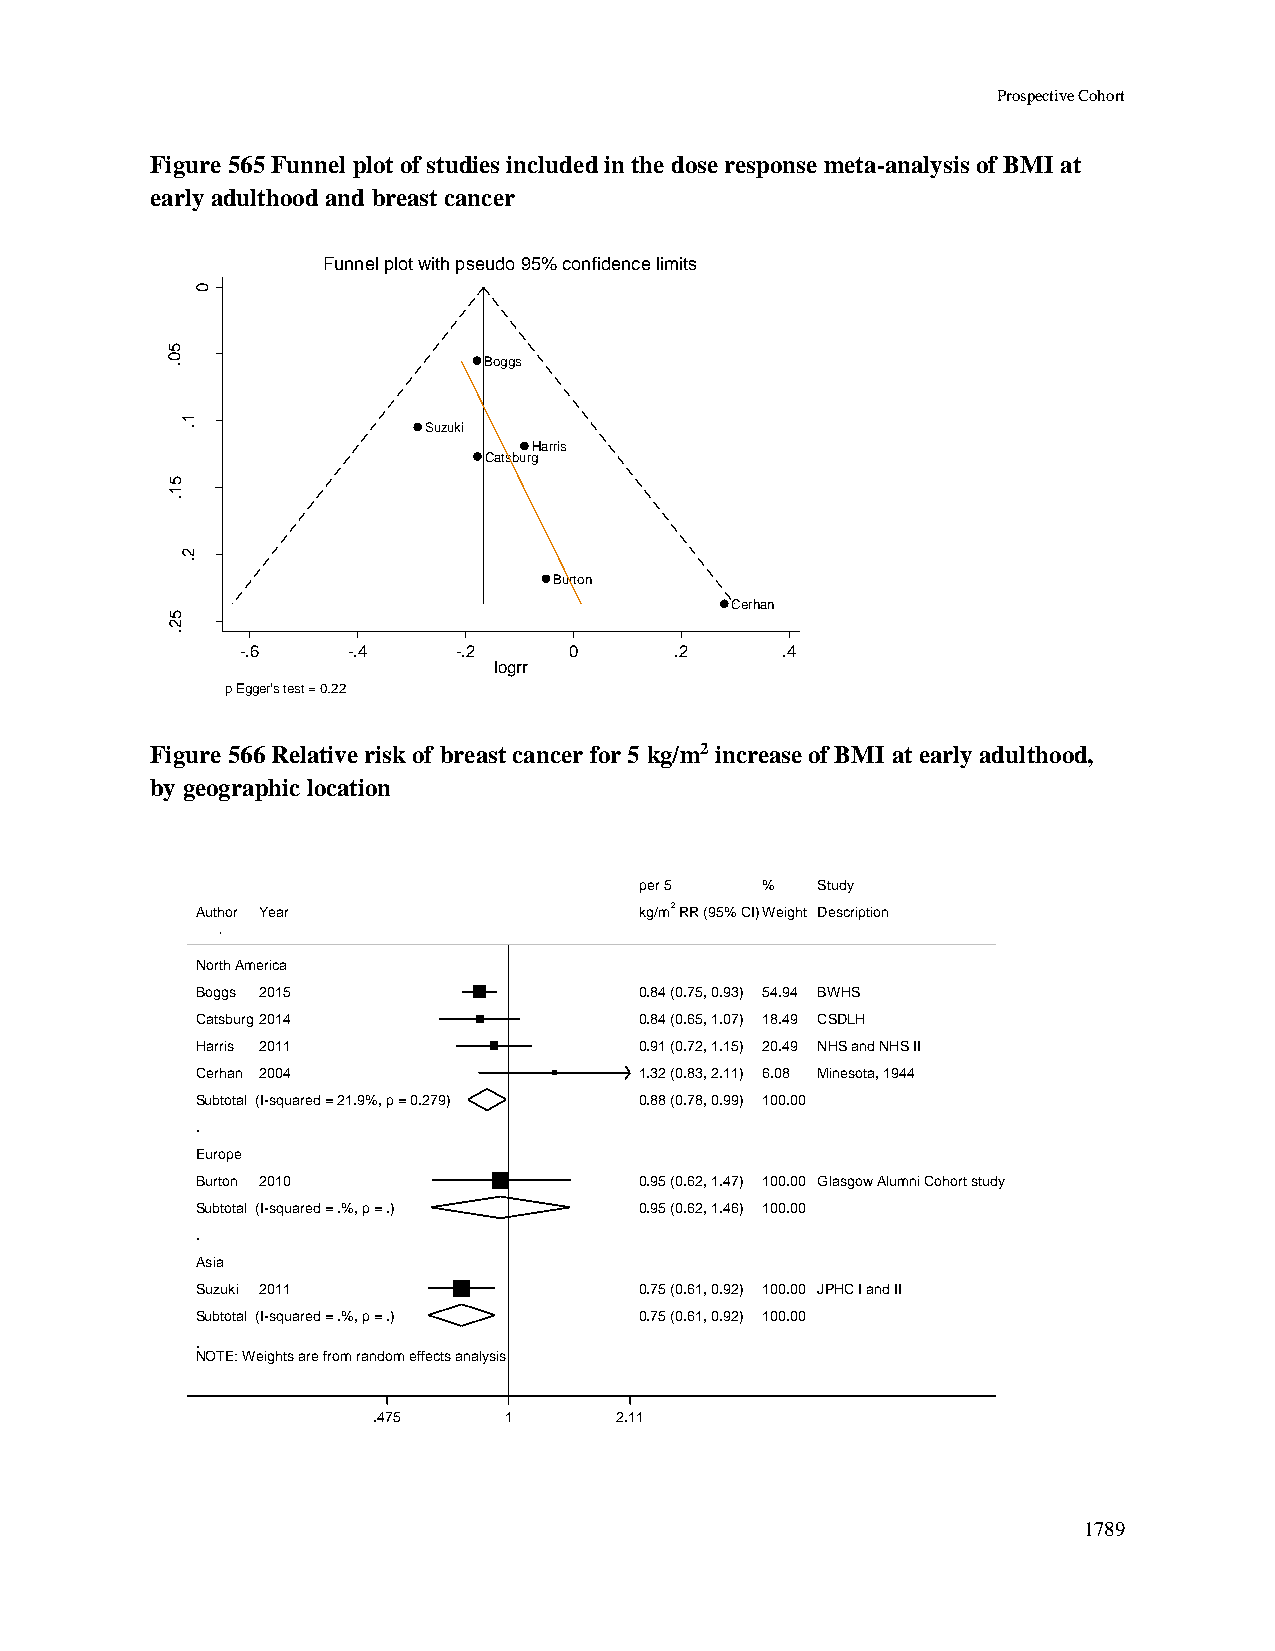
Prospective Cohort
 Figure 565 Funnel plot of studies included in the dose response meta-analysis of BMI at
 early adulthood and breast cancer
 Funnel plot with pseudo 95% confidence limits
 0
 5
 0 .                  Boggs
 rrg    1
 .               Suzuki
 o
 l
 fo
 CatsburgHarris
 .e
 5
 .s    1
 .
 2
 .
 Burton
 Cerhan
 5
 2
 .
 -.6    -.4    -.2     0      .2     .4
 logrr
 p Egger's test = 0.22
 Figure 566 Relative risk of breast cancer for 5 kg/m2 increase of BMI at early adulthood,
 by geographic location
 ppeerr 55 %% Study
 Author Year                  kkgg//mm22 RRRR ((9955%% CCII))WWeeiigghhtt Description
 North America
 Boggs 2015                   00..8844 ((00..7755,, 00..9933)) 5544..9944 BWHS
 Catsburg2014                 00..8844 ((00..6655,, 11..0077)) 1188..4499 CSDLH
 Harris 2011                  00..9911 ((00..7722,, 11..1155)) 2200..4499 NHS and NHS II
 Cerhan 2004                  11..3322 ((00..8833,, 22..1111)) 66..0088 Minesota, 1944
 Subtotal (I-squared = 21.9%, p = 0.279) 00..8888 ((00..7788,, 00..9999)) 110000..0000
 .
 Europe
 Burton 2010                  00..9955 ((00..6622,, 11..4477)) 110000..0000 Glasgow Alumni Cohort study
 Subtotal (I-squared = .%, p = .) 00..9955 ((00..6622,, 11..4466)) 110000..0000
 .
 Asia
 Suzuki 2011                  00..7755 ((00..6611,, 00..9922)) 110000..0000 JPHC I and II
 Subtotal (I-squared = .%, p = .) 00..7755 ((00..6611,, 00..9922)) 110000..0000
 .
 NOTE: Weights are from random effects analysis
 .475    11      2.11
 1789